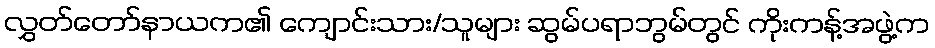
လွှတ်တော်နာယက၏ ကျောင်းသား/သူများ ဆွမ်ပရာဘွမ်တွင် ကိုးကန့်အဖွဲ့က